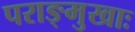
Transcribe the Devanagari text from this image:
पराङ्मुखाः